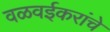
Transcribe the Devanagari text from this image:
वळवईकरांचे